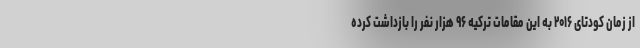
از زمان کودتای ۲۰۱۶ به این مقامات ترکیه ۹۶ هزار نفر را بازداشت کرده‌